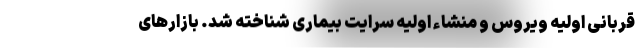
قربانی اولیه ویروس و منشاء اولیه سرایت بیماری شناخته شد. بازارهای